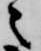
之